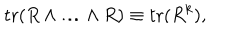
\mathrm { t r } ( R \wedge \ldots \wedge R ) \equiv \mathrm { t r } ( R ^ { k } ) ,